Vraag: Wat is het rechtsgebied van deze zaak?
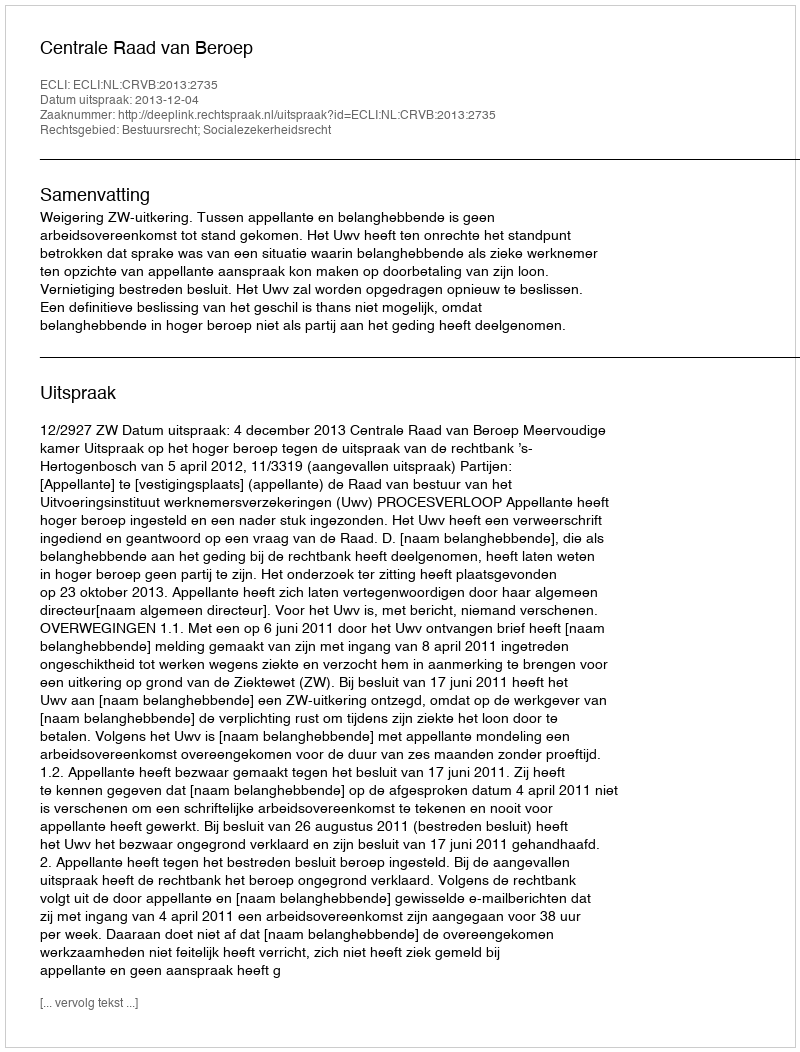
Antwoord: Bestuursrecht; Socialezekerheidsrecht